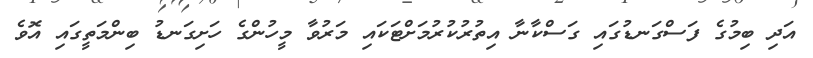
އަދި ބިމުގެ ފަސްގަނޑުގައި ގަސްކާނާ އިތުރުކުރުމަށްޓަކައި މަރުވާ މީހުންގެ ހަށިގަނޑު ބިންމަތީގައި އޮވެ